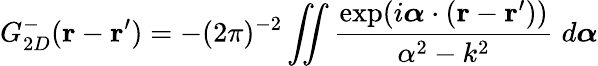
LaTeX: G_{2D}^{-}(\mathbf{r}-\mathbf{r}^{\prime})=-(2\pi)^{-2}\iint\frac{\exp(i\boldsymbol{\alpha}\cdot(\mathbf{r}-\mathbf{r}^{\prime}))}{\alpha^{2}-k^{2}}\; d\boldsymbol{\alpha}